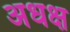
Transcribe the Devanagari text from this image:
अधक्ष